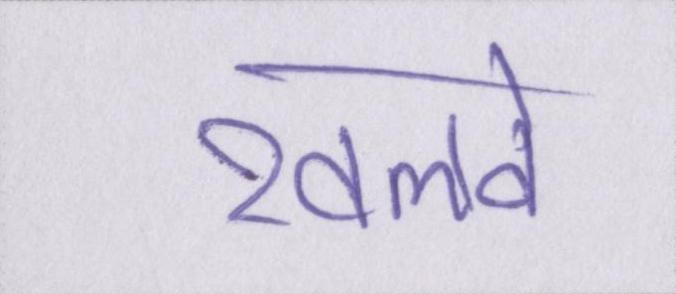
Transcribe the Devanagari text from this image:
खलवे